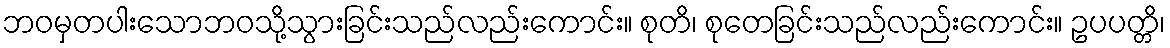
ဘဝမှတပါးသောဘဝသို့သွားခြင်းသည်လည်းကောင်း။ စုတိ၊ စုတေခြင်းသည်လည်းကောင်း။ ဥပပတ္တိ၊